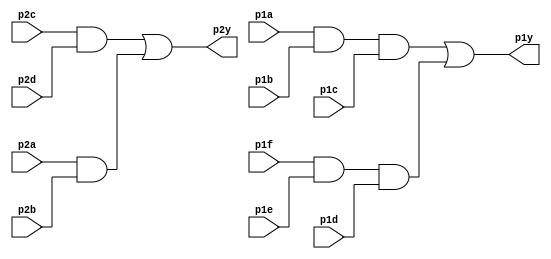
module top_module ( 
    input p1a, p1b, p1c, p1d, p1e, p1f,
    output p1y,
    input p2a, p2b, p2c, p2d,
    output p2y );
	  wire n1, n2, n3, n4;
    assign n1 = p1a & p1b & p1c;
    assign n2 = p2a & p2b;
    assign n3 = p2c & p2d;
    assign n4 = p1f & p1e & p1d;
    assign p2y = n3 | n2;
    assign p1y = n1 | n4;
endmodule